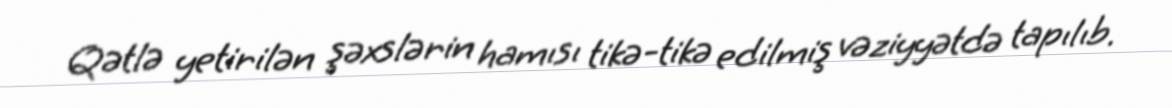
Qətlə yetirilən şəxslərin hamısı tikə-tikə edilmiş vəziyyətdə tapılıb.